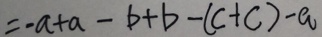
= - a + a - b + b - ( c + c ) - a